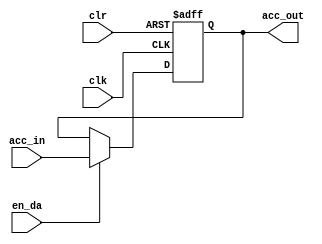
//------------------------------------------------------------------------------
//
// Description: Accumulator for the Simple CPU v1
//
// (C) Omkar Kamath, 2022. No part may be reproduced without permission from
//     author.
//------------------------------------------------------------------------------

module acc
  (clk,
   clr,
   acc_in,
   acc_out,
   en_da
   );

   input  wire          clk     ;
   input  wire 		clr     ;
   input  wire [7:0] 	acc_in  ;
   input  wire 		en_da   ;
   
   output  reg [7:0] 	acc_out ;
   
   //----------------------------------------------------------------------
   // Main accumulator process
   //----------------------------------------------------------------------
   
   always @(posedge clk or negedge clr)
     begin
	if (clr  == 1'b0)
	  begin
	     acc_out <= 'h0;
	  end
	
	else if (en_da == 1'b1)
	  begin
	     acc_out <= acc_in;
	  end
	
     end // always @(posedge clk or negedge clr)
   
endmodule // acc